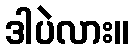
ဒါပဲလား။